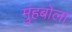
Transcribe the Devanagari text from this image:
मुंहबोला